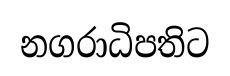
නගරාධිපතිට